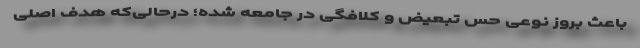
باعث بروز نوعی حس تبعیض و کلافگی در جامعه شده؛ درحالی‌که هدف اصلی